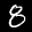
Label: 8